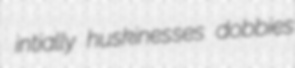
intially huskinesses dobbies